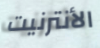
الأنترنيت